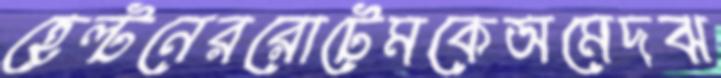
হেল্টনেররোটেমকেঅমেদঝ